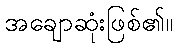
အချောဆုံးဖြစ်၏။